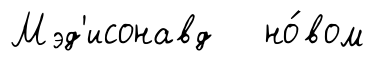
Мэд'исонавд но́вом